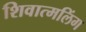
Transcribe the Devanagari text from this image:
शिवात्मलिंग